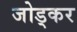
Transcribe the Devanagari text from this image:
जोड्कर